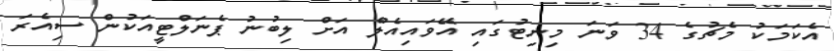
އެކަމަކު މެޗުގެ 34 ވަނަ މިނިޓުގައި އޭވައިއެލް އަށް ލިބުނު ޕެނަލްޓީއަކުން ސިއެރަ